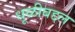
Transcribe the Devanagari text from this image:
धूळीबद्दल